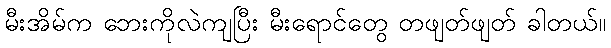
မီးအိမ်က ဘေးကိုလဲကျပြီး မီးရောင်တွေ တဖျတ်ဖျတ် ခါတယ်။